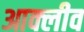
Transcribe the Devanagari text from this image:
आक्लीव